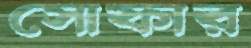
সোফার